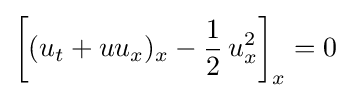
\left[(u_{t}+uu_{x})_{x}-{\frac {1}{2}}\,u_{x}^{2}\right]_{x}=0